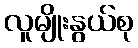
လူမျိုးနွယ်စု